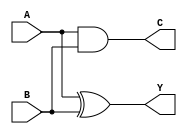
module HALF_ADDER(Y,C,A,B);
output Y,C;
input A,B;
// half adder
// Y = A XOR B
// C = A AND B

xor xor_inst1(Y, A, B);
and and_inst1(C, A, B);

endmodule